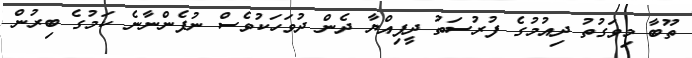
ތޫބާ މިވަގުތު ދިއުމުގެ ފުރުސަތު ދީފިއްޔާ ދެން ދުވަހަކުވެސް ނުފެންނާނެ ކަމުގެ ބިރުން